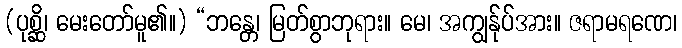
(ပုစ္ဆိ၊ မေးတော်မူ၏။) “ဘန္တေ၊ မြတ်စွာဘုရား။ မေ၊ အကျွန်ုပ်အား။ ဇရာမရဏေ၊